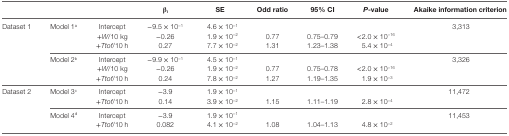
|  |  |  | βi | SE | Odd ratio | 95% CI | P-value | Akaike information criterion |
 | --- | --- | --- | --- | --- | --- | --- | --- | --- |
 | <ROWSPAN=7> Dataset 1 | <ROWSPAN=3> Model 1a | Intercept | −9.5 × 10−1 | 4.6 × 10−1 |  |  |  | <ROWSPAN=3> 3,313 |
 | +W/10 kg | −0.26 | 1.9 × 10−2 | 0.77 | 0.75–0.79 | <2.0 × 10−16 |
 | +Ttof/10 h | 0.27 | 7.7 × 10−2 | 1.31 | 1.23–1.38 | 5.4 × 10−4 |
 | <ROWSPAN=3> Model 2b | Intercept | −9.9 × 10−1 | 4.5 × 10−1 |  |  |  | <ROWSPAN=3> 3,326 |
 | +W/10 kg | −0.26 | 1.9 × 10−2 | 0.77 | 0.75–0.78 | <2.0 × 10−16 |
 | +Ttof/10 h | 0.24 | 7.8 × 10−2 | 1.27 | 1.19–1.35 | 1.9 × 10−3 |
 | <ROWSPAN=5> Dataset 2 | <ROWSPAN=2> Model 3c | Intercept | −3.9 | 1.9 × 10−1 |  |  |  | <ROWSPAN=2> 11,472 |
 | +Ttof/10 h | 0.14 | 3.9 × 10−2 | 1.15 | 1.11–1.19 | 2.8 × 10−4 |
 | <ROWSPAN=2> Model 4d | Intercept | −3.9 | 1.9 × 10−1 |  |  |  | <ROWSPAN=2> 11,453 |
 | +Ttof/10 h | 0.082 | 4.1 × 10−2 | 1.08 | 1.04–1.13 | 4.8 × 10−2 |